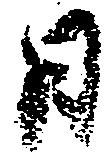
日